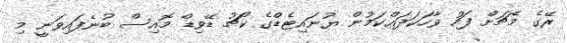
ރޭގެ މެޗަށް ފަހު ވާހަކަދައްކަމުން ޔުނައިޓެޑްގެ ކޯޗު ޑޭވިޑް މޮއިސް ބުނެފައިވަނީ މި